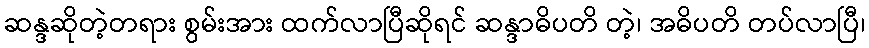
ဆန္ဒဆိုတဲ့တရား စွမ်းအား ထက်လာပြီဆိုရင် ဆန္ဒာဓိပတိ တဲ့၊ အဓိပတိ တပ်လာပြီ၊